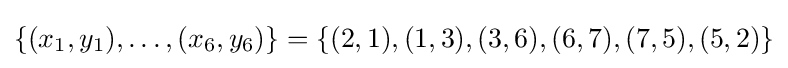
\{(x_{1},y_{1}),\dots ,(x_{6},y_{6})\}=\{(2,1),(1,3),(3,6),(6,7),(7,5),(5,2)\}